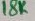
Text: 18K